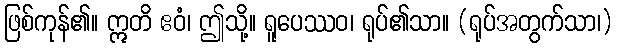
ဖြစ်ကုန်၏။ ဣတိ ဧဝံ၊ ဤသို့။ ရူပေဿဝ၊ ရုပ်၏သာ။ (ရုပ်အတွက်သာ၊)